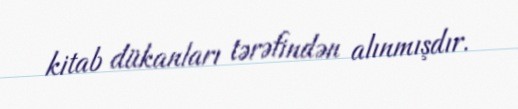
kitab dükanları tərəfindən alınmışdır.